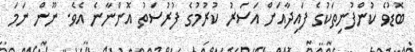
ބޮޑުވެ ކުންފުނިތަކުގެ ފައިދާއަށް އަސަރު ކުރުމުގެ ފުރުސަތު އޮންނާނެ އެވެ. ނޫން ނަމަ